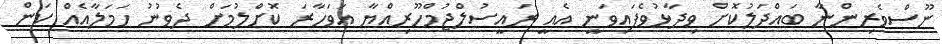
ނޫސްވެރިންނާ ބައްދަލުކޮށް ވިދާޅުވެފައިވަނީ އެއީ ރައީސުލްޖުމްހޫރިއްޔާ އަވަހާރަ ކޮށްލުމަށް ދެވުނު ހަމަލާއެއް ކަން